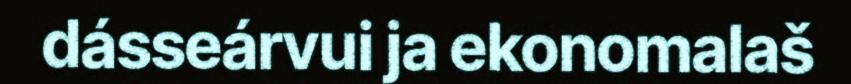
dásseárvui ja ekonomalaš